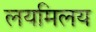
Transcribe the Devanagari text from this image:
लयमिलय